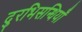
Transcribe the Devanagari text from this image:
दुरभिसन्धियाँ